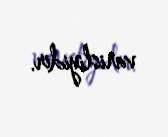
varisliyidir.